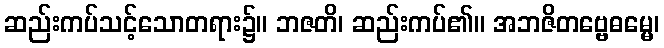
ဆည်းကပ်သင့်သောတရား၌။ ဘဇတိ၊ ဆည်းကပ်၏။ အဘဇိတဗ္ဗေဓမ္မေ၊